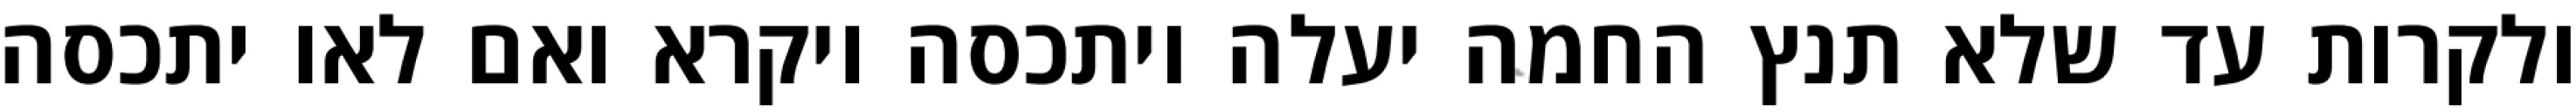
ולקרות עד שלא תנץ החמה יעלה ויתכסה ויקרא ואם לאו יתכסה